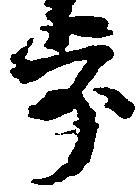
歩